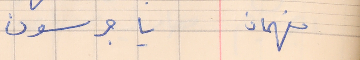
فهمان     يا جرسون